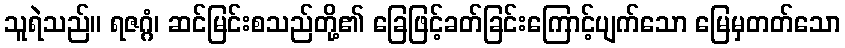
သူရဲသည်။ ရဇဂ္ဂံ၊ ဆင်မြင်းစသည်တို့၏ ခြေဖြင့်ခတ်ခြင်းကြောင့်ပျက်သော မြေမှတတ်သော